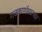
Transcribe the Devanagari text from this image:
गजकर्णासारखा